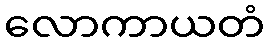
လောကာယတံ